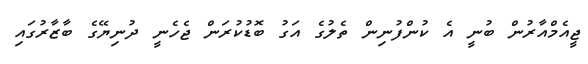
ޖީއެމްއާރުން ބުނީ އެ ކުންފުނިން ތެލުގެ އަގު ބޮޑުކުރަން ޖެހެނީ ދުނިޔޭގެ ބާޒާރުގައި